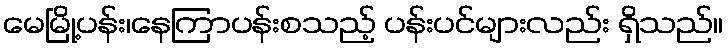
မေမြို့ပန်း၊နေကြာပန်းစသည့် ပန်းပင်များလည်း ရှိသည်။